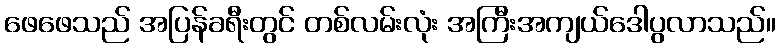
ဖေဖေသည် အပြန်ခရီးတွင် တစ်လမ်းလုံး အကြီးအကျယ်ဒေါပွလာသည်။